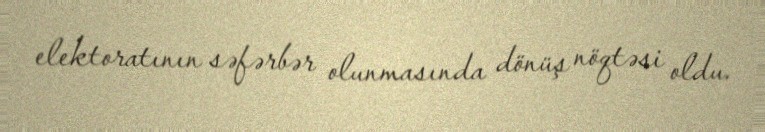
elektoratının səfərbər olunmasında dönüş nöqtəsi oldu.